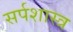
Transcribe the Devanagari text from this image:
सर्पशास्त्र